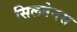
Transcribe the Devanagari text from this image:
सिलवेनस